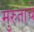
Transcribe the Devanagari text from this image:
मुरुताचे